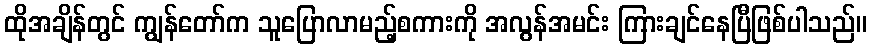
ထိုအချိန်တွင် ကျွန်တော်က သူပြောလာမည့်စကားကို အလွန်အမင်း ကြားချင်နေပြီဖြစ်ပါသည်။